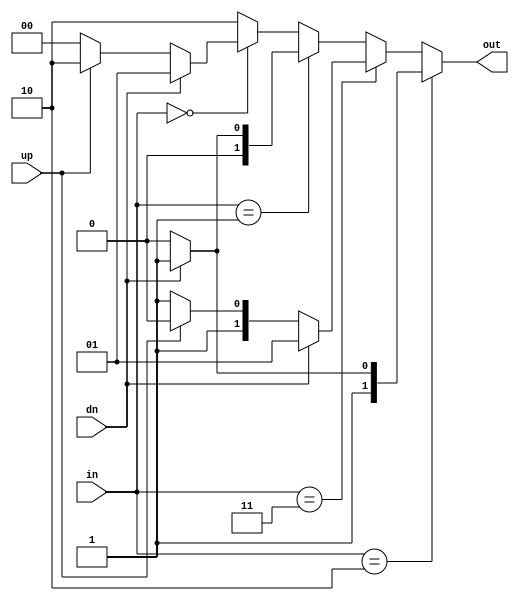
/*
A saturating incrementer/decrementer.
Adds +/-1 to the input with saturation to prevent overflow.
*/

module sat_updn #(
    parameter WIDTH=2
) (
    input [WIDTH-1:0] in,
    input up,
    input dn,

    output [WIDTH-1:0] out
);

    reg [WIDTH-1:0] out_reg;
    assign out = out_reg;
    always @(*) begin
        // Branch taken, zero strikes.
        if (in == 'b10) begin
            if (dn)           // Guessed taken, was not taken.
                out_reg = 'b11;     // Add strike.
            else if (up)        // Guessed taken, was taken.
                out_reg = 'b10;     // Stay in same state.
            else                // Should be unreachable.
                out_reg = 'b10;
        end

        // Branch taken, one strike.
        else if (in == 'b11) begin
            if (dn)           // Guessed taken, was not taken.
                out_reg = 'b01;     // Toggle to guessing not taken.
            else if (up)        // Guessed taken, was taken.
                out_reg = 'b10;     // Remove strike.
            else                // Should be unreachable.
                out_reg = 'b11;
        end

        // Branch not taken, zero strikes.
        else if (in == 'b01) begin
            if (dn)           // Guessed not taken, was not taken.
                out_reg = 'b01;     // Stay in state.
            else if (up)        // Guessed not taken, was taken.
                out_reg = 'b00;     // Add strike.
            else                // Should be unreachable.
                out_reg = 'b00;
        end

        // Branch not taken, one strike.
        else if (in == 'b00) begin
            if (dn)           // Guessed not taken, was not taken.
                out_reg = 'b01;     // Remove strike.
            else if (up)        // Guessed not taken, was taken.
                out_reg = 'b10;     // Toggle to guessing taken.
            else                // Should be unreachable.
                out_reg = 'b00;
        end

        // Unreachable
        else begin
            out_reg = 'b10;
        end
    end

endmodule